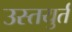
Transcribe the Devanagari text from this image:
उस्तयुर्त